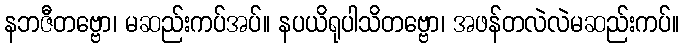
နဘဇီတဗ္ဗော၊ မဆည်းကပ်အပ်။ နပယိရုပါသိတဗ္ဗော၊ အဖန်တလဲလဲမဆည်းကပ်။